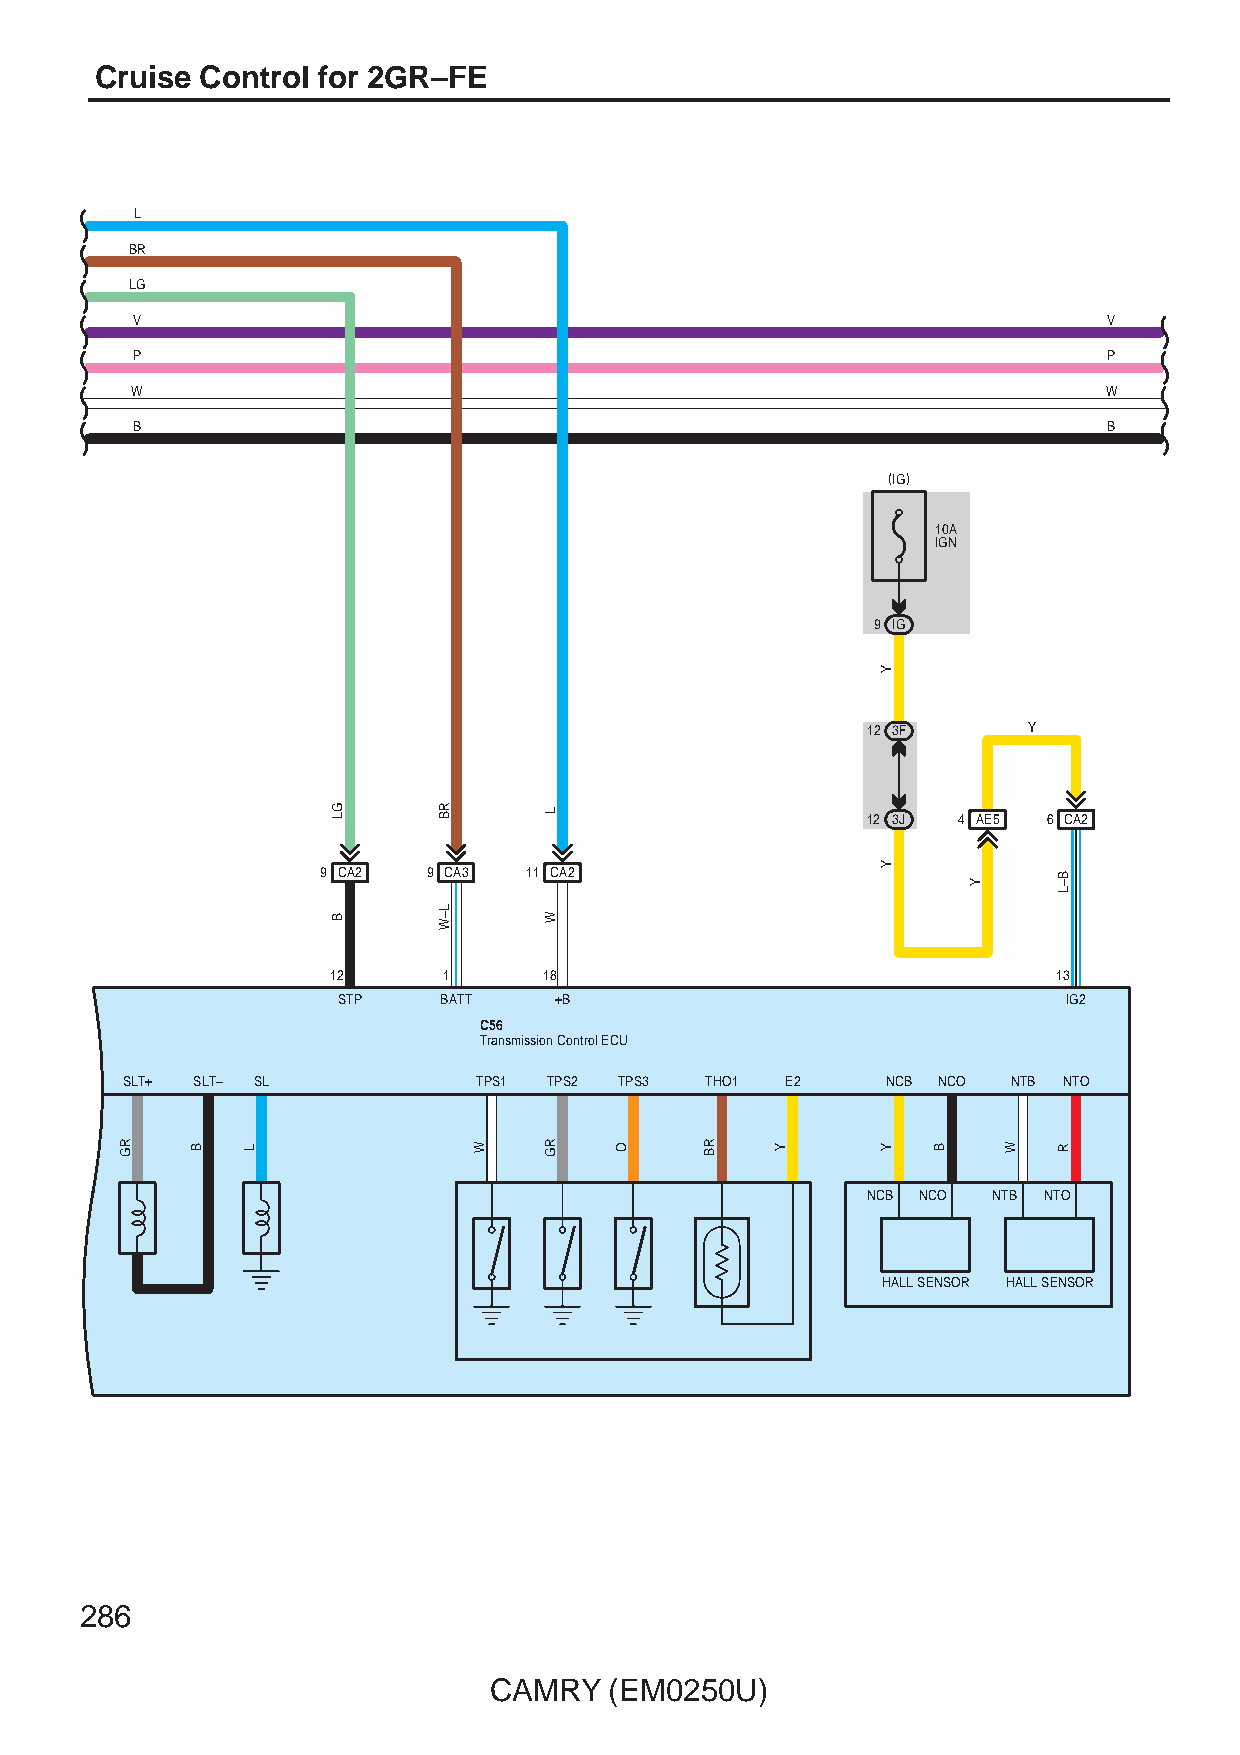
Cruise Control for 2GR–FE
 L
 BR
 LG
 V                                                               V
 P                                                               P
 W                                                               W
 B                                                               B
 (IG)
 10A
 IGN
 9 IG
 12 3F      Y
 12 3J 4 AE5 6 CA2
 9 CA2  9 CA3  11 CA2
 12     1      18                                13
 STP    BATT    +B                                IG2
 C56
 Transmission Control ECU
 SLT+ SLT– SL            TPS1 TPS2 TPS3 THO1 E2     NCB NCO NTB NTO
 NCB NCO  NTB NTO
 HALL SENSOR HALL SENSOR
 286
 CAMRY   (EM0250U)
 RG   B  L
 GL
 B
 RB
 L–W
 W
 L
 W
 RG   O     RB  Y
 Y
 Y
 Y   B
 Y
 W
 B–L
 R